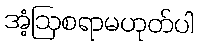
အံ့ဩစရာမဟုတ်ပါ